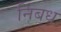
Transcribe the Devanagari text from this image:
निंबध